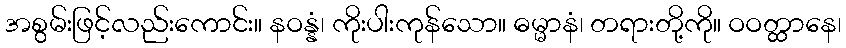
အစွမ်းဖြင့်လည်းကောင်း။ နဝန္နံ၊ ကိုးပါးကုန်သော။ ဓမ္မာနံ၊ တရားတို့ကို။ ဝဝတ္ထာနေ၊